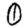
Digit: 0